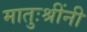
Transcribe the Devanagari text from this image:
मातुःश्रींनी